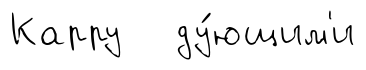
Карру ду́ющим'и